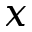
x